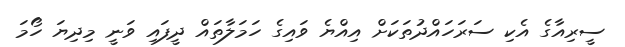
ސީރިއާގެ އެކި ސަރަހައްދުތަކަށް އިއްޔެ ވައިގެ ހަމަލާތައް ދީފައި ވަނީ މިދިޔަ ހޯމަ